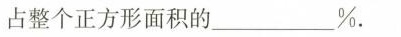
占整个正方形面积的___%。